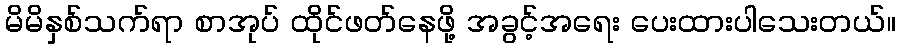
မိမိနှစ်သက်ရာ စာအုပ် ထိုင်ဖတ်နေဖို့ အခွင့်အရေး ပေးထားပါသေးတယ်။